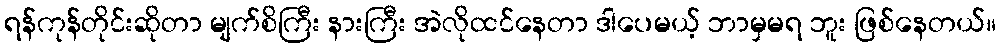
ရန်ကုန်တိုင်းဆိုတာ မျက်စိကြီး နားကြီး အဲလိုထင်နေတာ ဒါပေမယ့် ဘာမှမရ ဘူး ဖြစ်နေတယ်။